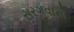
સરગવાનો